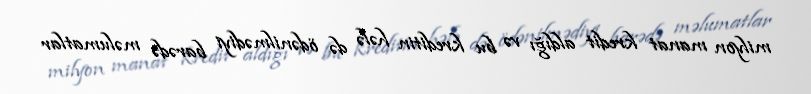
milyon manat kredit aldığı və bu kreditin hələ də ödənilmədiyi barədə məlumatlar